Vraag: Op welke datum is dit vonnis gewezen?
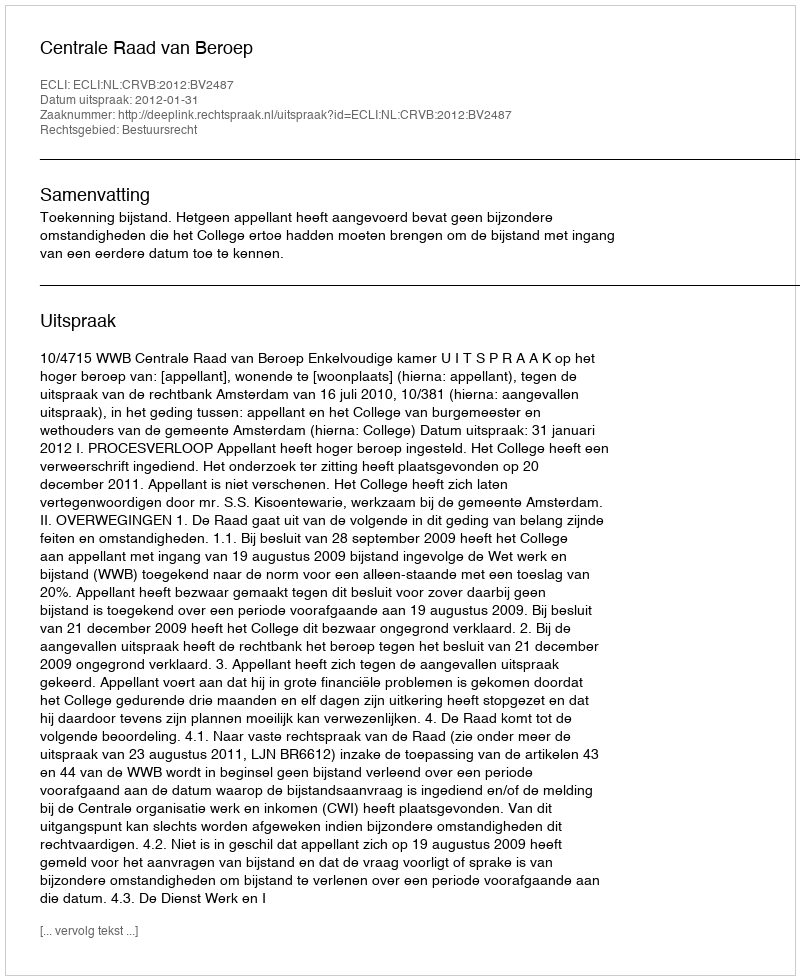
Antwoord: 2012-01-31